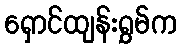
ရှောင်ထျန်းရွှမ်က